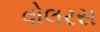
વોલરસ